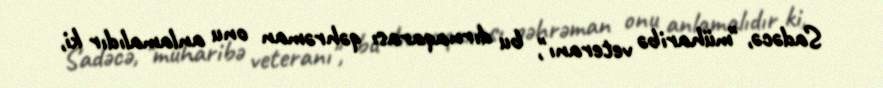
Sadəcə, "müharibə veteranı", bu dırnaqarası qəhrəman onu anlamalıdır ki,